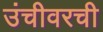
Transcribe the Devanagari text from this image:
उंचीवरची